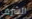
الشرف